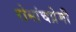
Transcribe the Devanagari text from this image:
रोमांचप्रेमी